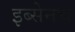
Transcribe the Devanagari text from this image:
इब्सेनचे